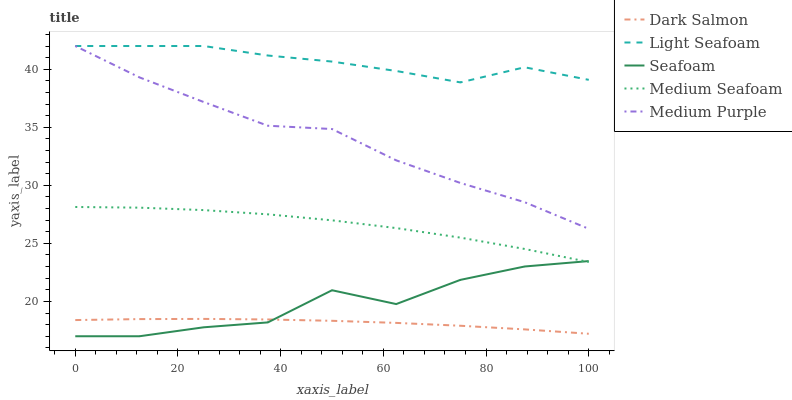
| xaxis_label | Dark Salmon | Light Seafoam | Seafoam | Medium Seafoam | Medium Purple |
 | --- | --- | --- | --- | --- | --- |
 | 0 | 18.4 | 42 | 17 | 28.1 | 42 |
 | 12.5 | 18.5 | 42 | 17 | 28.1 | 39.3 |
 | 25 | 18.5 | 42 | 17.8 | 27.9 | 37.2 |
 | 37.5 | 18.4 | 41.2 | 18.2 | 27.5 | 35.1 |
 | 50 | 18.3 | 40.7 | 21 | 27 | 34.8 |
 | 62.5 | 18.2 | 39.8 | 19.8 | 26.3 | 32.2 |
 | 75 | 17.9 | 38.9 | 21.9 | 25.5 | 30.2 |
 | 87.5 | 17.6 | 40.2 | 23 | 24.5 | 28.5 |
 | 100 | 17.2 | 39.1 | 23.5 | 23.4 | 26.3 |